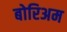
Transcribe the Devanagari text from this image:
बोरिअम